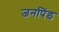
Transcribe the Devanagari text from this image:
जनपिंड